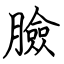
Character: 臉